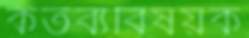
কর্তব্যবিষয়ক